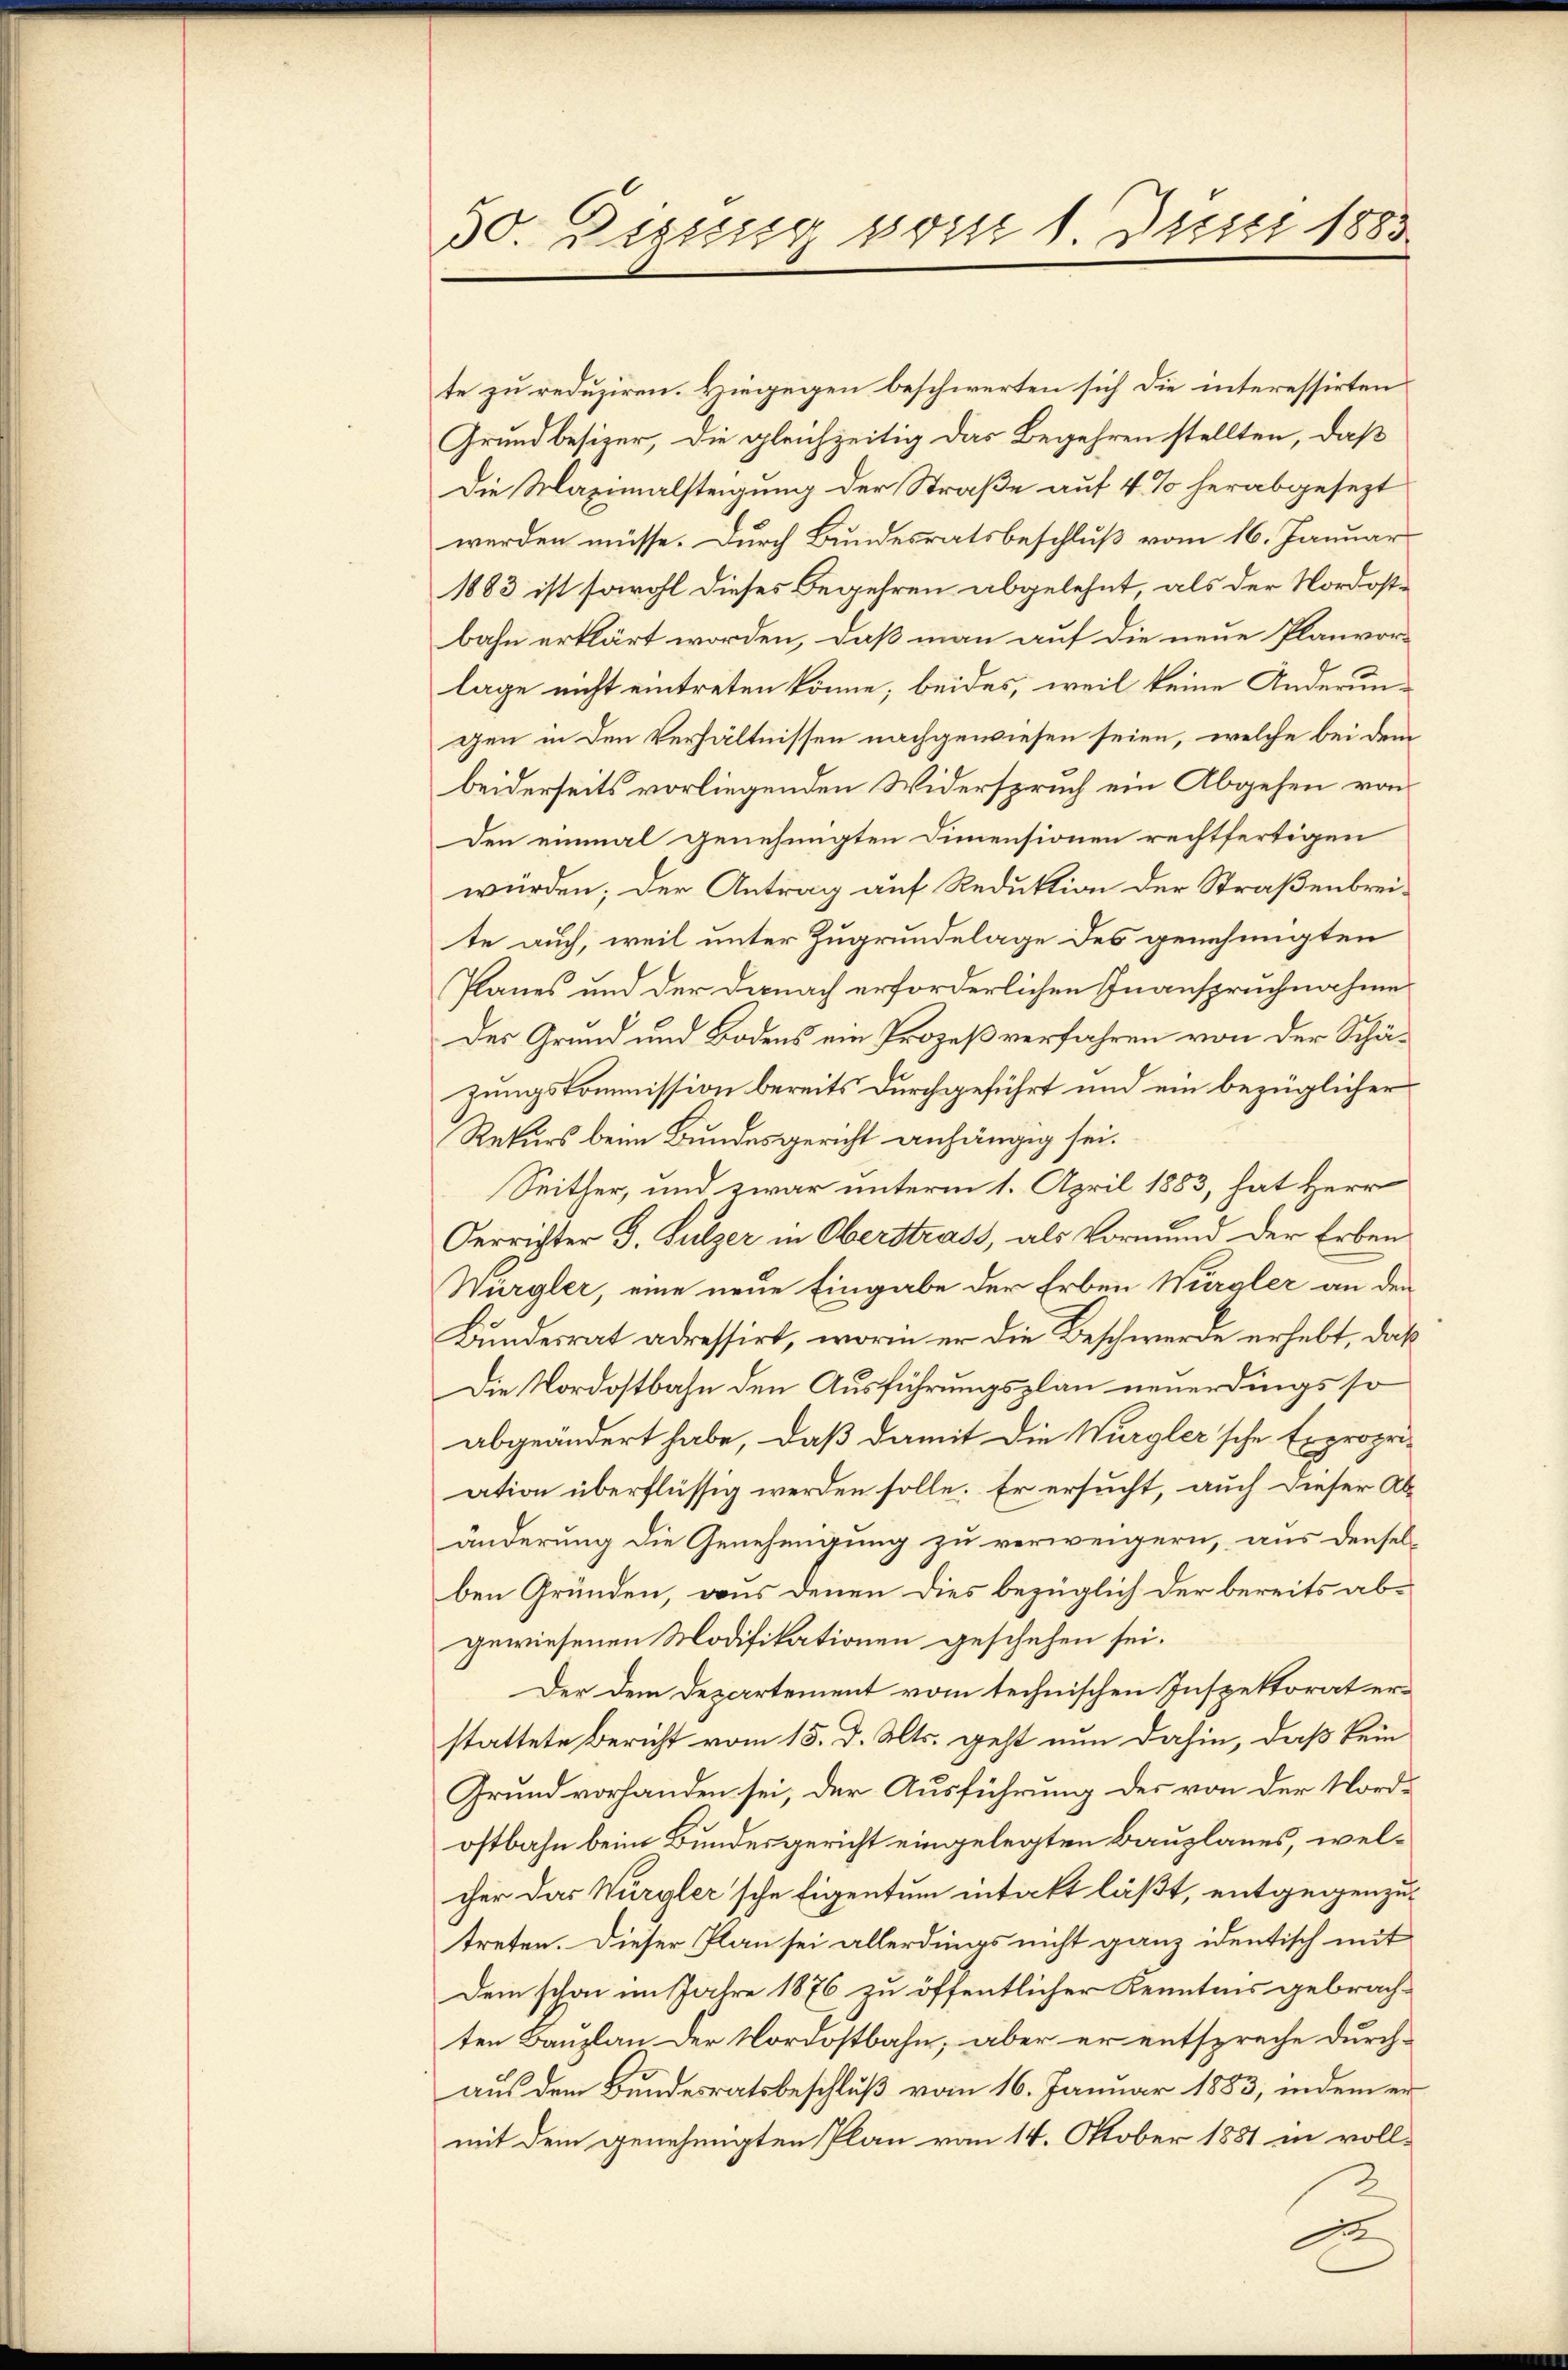
te zu reduziren. Hiegegen beschwerten sich die interessirten
Grundbesizer, die gleichzeitig das Begehren stellten, daß
Die Maximalsteigung der Straße auf 4 % herabgesezt
werden müsse. Durch Bundesratsbeschluß vom 16. Januar
1883 ist sowohl dieses Begehren abgelehnt, als der Nordostbahn erklärt worden, daß man auf die neue Planvor-
lage nicht eintreten könne; beides, weil keine Anderungen in den Verhältnissen nachgewiesen seien, welche bei dem
beiderseits vorliegenden Widerspruch ein Abgehen von
Den einmal genehmigten Dimensionen rechtfertigen
würden; der Antrag auf Reduktion der Straßenbreite auch, weil unter Zugrundelage des genehmigten
Planes und der Danach erforderlichen Inanspruchnahme
Der Grund und Bodens ein Prozeß verfahren von der Schäzungskommission bereits durchgeführt und ein bezüglicher
Rekurs beim Bundesgericht anhängig sei.
Seither, und zwar unterm 1. April 1883, hat Herr
Oerrichter G. Sulzer in Oberstrass, als Vormund der Erben
Würgler, eine neue Eingabe der Erben Würgler an den
Bundesrat adressirt, worin er die Beschwerde erhebt, daß
Die Nordostbahn den Ausführungsplan neuerdings so
abgeändert habe, daß damit die Würgler'sche Expropriation überflüssig werden solle. Er ersucht, auch dieser Abänderung die Genehmigung zu verweigern, aus denselben Gründen, aus denen dies bezüglich der bereits abgewiesenen Modifikationen geschehen sei.
Der dem Departement vom technischen Inspektorat erstattete Bericht vom 15. d. Mts. geht nun dahin, daß kein
Grund vorhanden sei, der Ausführung des von der Nordostbahn beim Bundesgericht eingelegten Bauplanes, welcher das Würgler'sche Eigentum intakt läßt, entgegenzutreten. Dieser Plan sei allerdings nicht ganz identisch mit
Dein schon im Jahre 1876 zu öffentlicher Kenntnis gebrach-
ten Kanzlau der Nordostbahn, aber er entspreche durchaus dem Bundesratsbeschluß vom 16. Januar 1883, indem er
mit dem genehmigten Plan vom 14. Oktober 1881 in voll-
J

50. Dissig vom 1. Juni 1883.